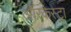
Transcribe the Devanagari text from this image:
ऑरकेस्ट्रा